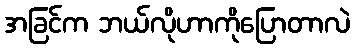
အခြင်က ဘယ်လိုဟာကိုပြောတာလဲ